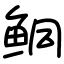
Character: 鲖